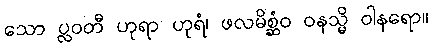
သော ပ္လဝတီ ဟုရာ ဟုရံ၊ ဖလမိစ္ဆံဝ ဝနသ္မိ ဝါနရော။